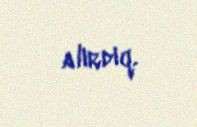
alırdıq.